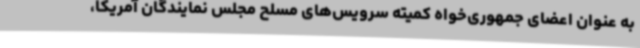
به عنوان اعضای جمهوری‌خواه کمیته سرویس‌های مسلح مجلس نمایندگان آمریکا،